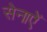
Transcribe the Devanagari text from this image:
सेनाऐं